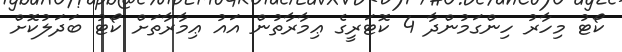
ކޯޓު މިހާރު ހިންގަމުންދާ 4 ކޮޓަރީގެ ޢިމާރާތުން އައު ޢިމާރާތަށް ކޯޓު ބަދަލުކޮށް